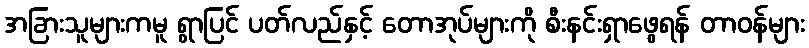
အခြားသူများကမူ ရွာပြင် ပတ်လည်နှင့် တောအုပ်များကို စီးနင်းရှာဖွေရန် တာဝန်များ